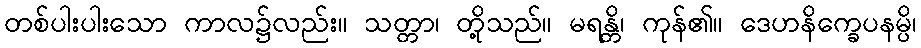
တစ်ပါးပါးသော ကာလ၌လည်း။ သတ္တာ၊ တို့သည်။ မရန္တိ၊ ကုန်၏။ ဒေဟနိက္ခေပနမ္ပိ၊